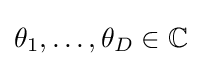
\theta _{1},\dots ,\theta _{D}\in \mathbb {C}